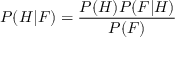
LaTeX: P ( H | F ) = { \frac { P ( H ) P ( F | H ) } { P ( F ) } }